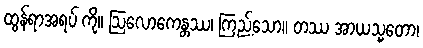
ထွန်ရာအရပ် ကို။ ဩလောကေန္တဿ၊ ကြည့်သော။ တဿ အာယသ္မတော၊